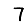
Digit: 7